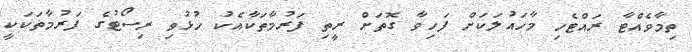
ތިމާވެއްޓާ ރައްޓެހި މާހައުލަކަށް ފަހިވާ ގޮތަށް ރީތި ފަރުމާތަކާއެކު ހުޅުވި ރިސޯޓުގެ ފަރުމާތަކަކީ